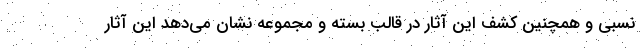
نسبی و همچنین کشف این آثار در قالب بسته و مجموعه نشان می‌دهد این آثار